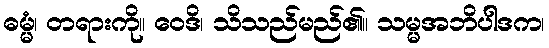
ဓမ္မံ၊ တရားကို။ ဝေဒိ၊ သိသည်မည်၏။ သမ္မအဘိပါဒက၊